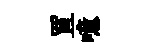
罝噫